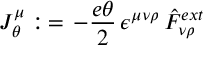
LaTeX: J _ { \theta } \sp { \mu } : \, = \, - \frac { e \theta } { 2 } \, \epsilon \sp { \mu \nu \rho } \, \hat { F } _ { \nu \rho } \sp { e x t }